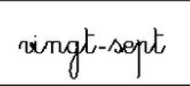
vingt-sept